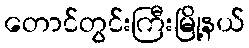
တောင်တွင်းကြီးမြို့နယ်